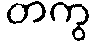
တကွ